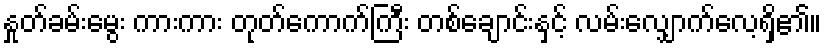
နှုတ်ခမ်းမွေး ကားကား တုတ်ကောက်ကြီး တစ်ချောင်းနှင့် လမ်းလျှောက်လေ့ရှိ၏။